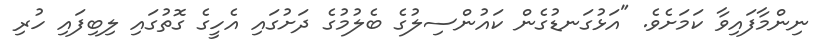
ނިންމާފައިވާ ކަމަށެވެ. "އަޅުގަނޑުގެން ކައުންސިލުގެ ބެލުމުގެ ދަށުގައި އެހީގެ ގޮތުގައި ލިބިފައި ހުރި